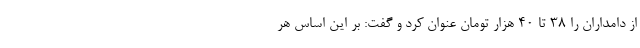
از دامداران را 38 تا 40 هزار تومان عنوان کرد و گفت: بر این اساس هر